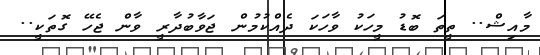
މާއިޝް.. ތީތަ ބޮޑު މީހަކު ވާހަކަ ދެއްކުމުން ޖަވާބުދާރީ ވާން ޖެހޭ ގޮތަކީ..